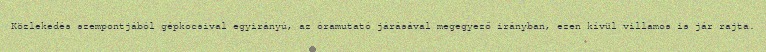
Közlekedés szempontjából gépkocsival egyirányú, az óramutató járásával megegyező irányban, ezen kívül villamos is jár rajta.